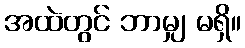
အထဲတွင် ဘာမျှ မရှိ။